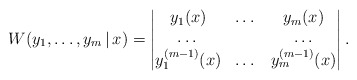
\begin{gather*} W( y_{1},\dots ,y_{m}\,|\, x) =\left\vert \begin{matrix} y_{1} ( x ) & \dots & y_{m}(x) \\ \dots & & \dots \\ y_{1}^{( m-1) }(x) & \dots & y_{m}^{( m-1)}(x) \end{matrix} \right\vert . \end{gather*}